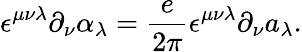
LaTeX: \epsilon^{\mu\nu\lambda}\partial_{\nu}\alpha_{\lambda}=\frac{e}{2\pi}\epsilon^{\mu\nu\lambda}\partial_{\nu}a_{\lambda}.